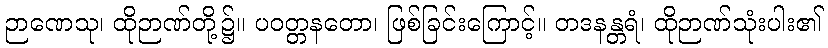
ဉာဏေသု၊ ထိုဉာဏ်တို့၌။ ပဝတ္တနတော၊ ဖြစ်ခြင်းကြောင့်။ တဒနန္တရံ၊ ထိုဉာဏ်သုံးပါး၏